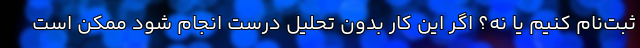
ثبت‌نام کنيم يا نه؟ اگر اين کار بدون تحليل درست انجام شود ممکن است